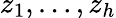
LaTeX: z_{1},\ldots,z_{h}